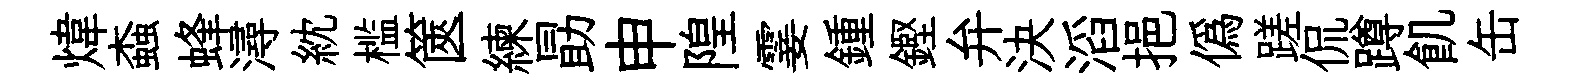
煒螙蜂潯紞槛篋練勗申隍霎鍾鏗弁決滔挹僞蹉侃蹲飢缶